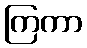
ကြကာ